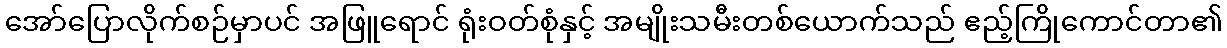
အော်ပြောလိုက်စဉ်မှာပင် အဖြူရောင် ရုံးဝတ်စုံနှင့် အမျိုးသမီးတစ်ယောက်သည် ဧည့်ကြိုကောင်တာ၏